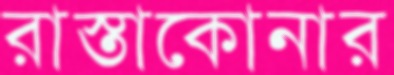
রাস্তাকোনার